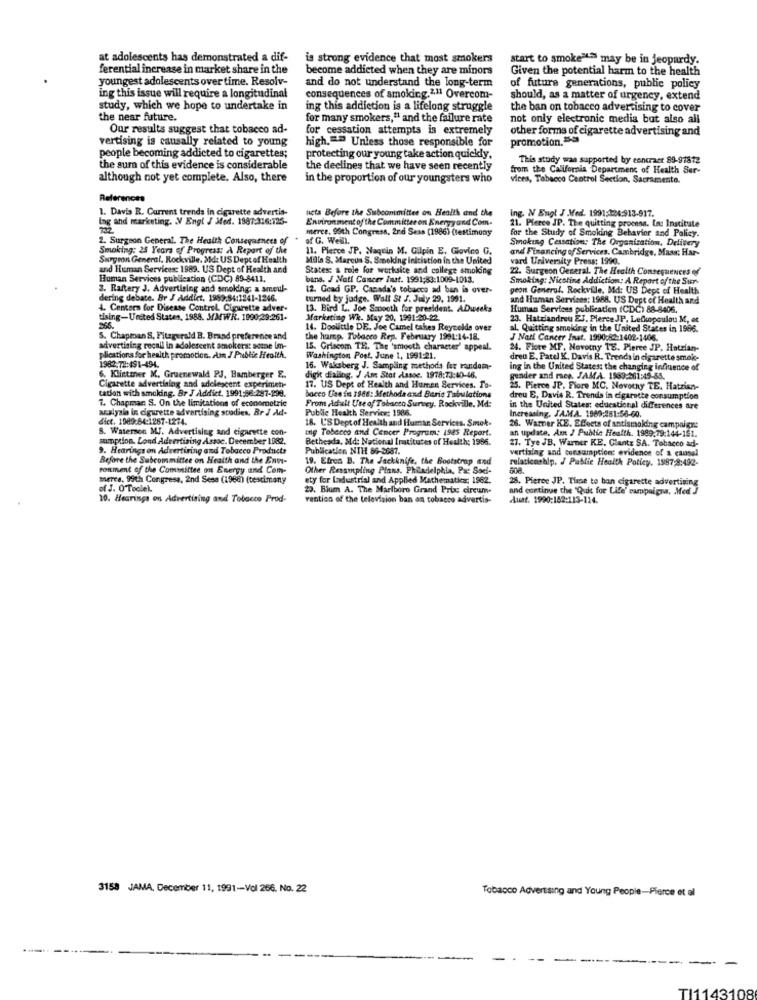
at adolescents has demonstrated a dif-
is strong evidence that most smokers
start to smoke'ta may be in jeopardy.
ferential increase in market share in the
become addicted when they are minors
Given the potential harm to the health
youngest adolescents over time. Resolv-
and do not understand the long-term
of future generations, public policy
ing this issue will require a longitudinal
consequences of smoking.211 Overcom-
should, as a matter of urgency, extend
study, which we hope to undertake in
ing this addiction is a lifelong struggle
the ban on tobacco advertising to cover
the near future.
for many smokers," and the failure rate
not only electronic media but also all
Our results suggest that tobacco ad-
for cessation attempts is extremely
other forms of cigarette advertising and
vertising is causally related to young
high .= " Unless those responsible for
promotion, 3
people becoming addicted to cigarettes;
protecting our young take action quickly,
This study was supported by eencrast 89-97812
the sum of this evidence is considerable
the declines that we have seen recently
from the California Department of Health Ser-
although not yet complete. Also, there
in the proportion of our youngsters who
Vices, Tabacco Centrol Section, Sacramento.
References
1. Davis R. Current trends in cigarette advertis-
neta Before the Subcommittee on Health and the
ing. N Engl J Med. 1991:124:913-917.
lag and marketing. N Engl J Med. 1987:316:125-
Environment of the Committee on Energyand Com.
merce. 95th Congress, 2nd Sess (1986) (testimony
for the Study of Smoking Behavior and Policy.
21. Pierce JP. The quitting procesa. ta: Institute
2. Surgeon General. The Health Consequences of
af G. Well.
Smoking Cessation: The Organization, Delivery
Smoking: 25 Years of Progress: A Report of the
11. Pierce JP. Naquin M. Gilpin E. Gloving G.
and Financing of Services, Cambridge, Mass; Har-
Surgeon General. Rockville, Md: US Dept of Health
Mola S. Marcus S. Smoking inicistion in the United
vard University Press: 1990.
and Human Services: 1989. US Dept of Health and
States: a role for worksite and college smoking
22. Surgeon General. The Health Consequences of
Human Services publication (CDC) 89-8411.
bins. / Natt Cancer Inst. 1991;83:1009-1013.
Smoking: Nicotine Addiction: A Report of the Sur-
3. Raftery J. Advertising and smoking; a smeul-
12. Gead GP. Canada's tobacco ad ban is over-
geon General. Rockville, Md: US Deps of Health
dering debate. Br J Addict, 1989:84:1241-1246.
turned by judge. Wall St J. July 29, 1991.
and Human Services: 1968. US Dept of Health and
4. Centers for Disease Control. Cigarette adver-
13. Bird L. Joe Smooth for president. ADueka
Human Services publication (CDC) 88-8406.
tising-United States, 1988. MMWR. 1990;29:261.
Marketing Wh. May 20, 1991-20-22.
23. Hatziandreu E3. Pierce JP, Lefkopoulou M, et
14. Doolittle DE. Joe Camel takes Reynolds over
al. Quitting smelding in the United States in 1966.
S. Chapman S, Fitzgerald B. Brand preference and
the hump. Tobacco Rep. February 1991:14-18.
J Natt Cancer Inst. 1990:82-1402-1406.
advertising recall in adolescent smokers: some im-
15. Griscom TE. The 'smooth character' appeal.
24. Flote MF, Novotny 18. Pierce JP. Hatrian-
plications for health promotion. Aan J Public Health.
1982.72:491-494.
Washington Post, June 1, 1991:21.
dreu E. Patel , Davis R. Trends in cigarette smoke-
16. Waksberg J. Sampling methods for random-
ing in the United States: the changing influence of
6. Klintmer M. Gruenewald PJ, Bamberger E.
digit dialing. J Am Stot Assoc. 1978:73:40-46.
gender and mes. JAMA. 1989:261:45-55.
tation with smoking. Br J Addict. 1991:56:287-299.
Cigarette advertising and adolescent experimen-
17. US Dept of Health and Human Services. To-
bocco Use fin 1966: Methods and Baris Talrelations
25. Pierce JP. Fiore MC, Novotny TE. Hatzian-
1. Chapman S. On the limitations of econometric
From Adult Use of Tobacco Survey. Rockville. Md:
dreu E, Davis R. Trends in cigarette consumption
aralysia in ciguette advertising scodies. Br J Ad-
Public Health Service: 1586.
in the United States: educational differences are
dict. 1989:84:1267-1274.
18. U'S Dept of Health and Human Services. Smok.
Increasing, JA.M.A. 1969:261:56-60.
8. Waterson M.J. Advertising and cigarette con-
Ing Tobacco and Cancer Program; 1985 Report.
an update. Am J Public Health. 1989.79:144-161.
26. Warner KE. Efects of antismoking campaigns
sumption. Lond Advertising Assoc. December 1982,
Bethesda, Mid: National Institutes of Health: 1956.
27. Tye JB, Warner KE. Glantz SA. Tobacco ad-
9. Hearingson Advertiring and Tobacco Products
Publication NIH 86-3687.
vertising and consumption: evidence of a causal
Before the Subcommittee on Health and the Ent-
19. Efron B. The Jackknife, the Bootstrap and
relationship. J Public Health Policy. 1887;8:492-
ronment of the Committee on Energy and Com-
Other Resampling Plans. Philadelphia, Pa: Soei-
merce. 99th Congress, 2nd Sese (1966) (testimony
ety for Industrial and Applied Mathematics: 1962.
28. Pierce JP. Time to ban cigarette advertising
of J. O'Toolel.
20. Bium A. The Marlboro Grand Prix circum-
and continue che "Quic for Life' campaigns, Med J
10. Hearinga on Advertising and Tobacco Prod-
vention of the television ban on tobacco advertis-
Aust. 1990:152:113-114.
3158 JAMA. December 11, 1991-Vol 266. No. 22
Tobacco Advertising and Young People-Pierce et al
TI1143108